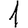
Digit: 1